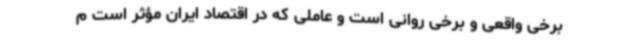
برخی واقعی و برخی روانی است و عاملی که در اقتصاد ایران مؤثر است م